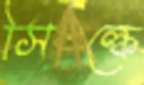
সিল্কে